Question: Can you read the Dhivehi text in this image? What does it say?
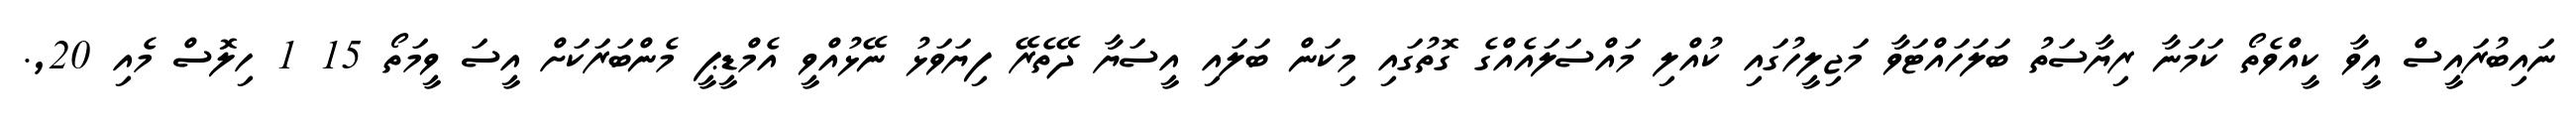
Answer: ނައިބުރައީސް އީވާ ކީއްވެތޯ ކަމަނާ ރިޔާސަތު ބަލަހައްޓަވާ މަޖިލީހުގައި ކުއްލި މައްސަލައެއްގެ ގޮތުގައި މިކަން ބަލައި އީސަޔާ ދޭތެރޭ ފިޔަވަޅު ނޭޅުއްވީ އެމްޑީޕީ މެންބަރަކަށް އީސަ ވީމަތޯ 15 1 ހިލޮސް މެއި 20,.